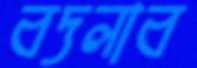
বদলাব